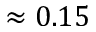
\approx 0 . 1 5